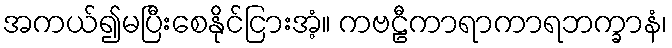
အကယ်၍မပြီးစေနိုင်ငြားအံ့။ ကဗဠီကာရာကာရဘက္ခာနံ၊